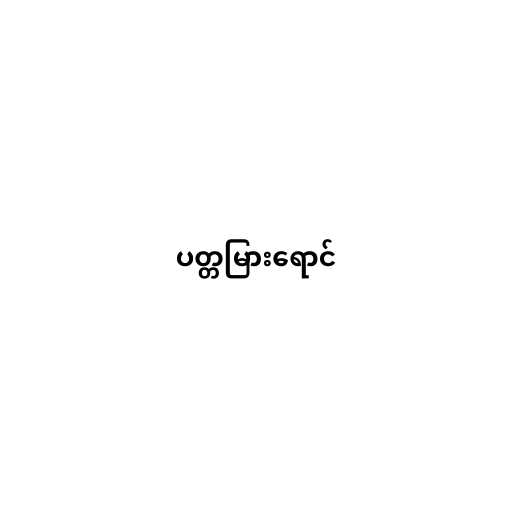
ပတ္တမြားရောင်